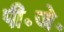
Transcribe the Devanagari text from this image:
पी॰जे॰